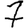
Digit: 7